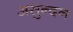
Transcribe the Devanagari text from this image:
असुन्दन